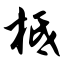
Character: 柢